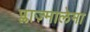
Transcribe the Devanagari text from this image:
प्लाज़्मालेमा